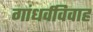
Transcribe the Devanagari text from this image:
गांधर्वविवाह